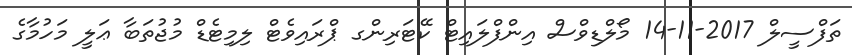
ތަފްސީލް 2017-11-14 މޯލްޑިވްސް އިންފްލައިޓް ކޭޓަރިންގ ޕްރައިވެޓް ލިމިޓެޑް މުޖުތަބާ ޢަލީ މަހުމާގެ